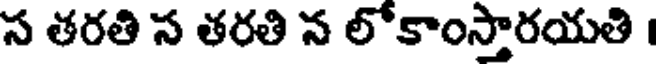
స తరతి స తరతి న లోకాంస్తారయతి